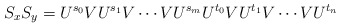
\begin{align*}S_xS_y=U^{s_0}VU^{s_1}V\cdots V U^{s_m}U^{t_0}VU^{t_1}V\cdots V U^{t_n}\end{align*}